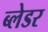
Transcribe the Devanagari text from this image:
ब्लेडर